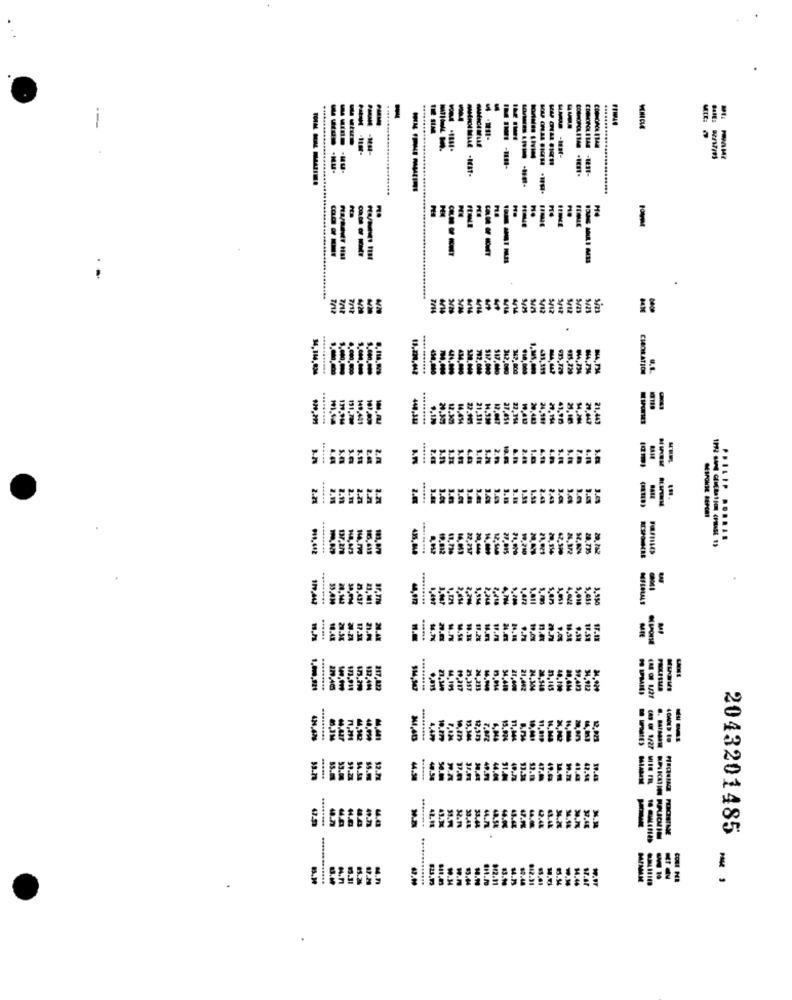
$1
12 SIM
----
-NH-
MERCI MILE
---- - Nu-
-1897-
TIME
---
----
4/14
5/23
.
434
844.734
CHROME ATION
517.000
131.7
-
1441
9,12%
12.303
22.903
21.111
12.047
27.45
22.154
W 40
20.483
21,443
14.414
24.199
29.194
....
1.
2.48
3.
2.11
2.11
3.0
1
53
144.7m
19.012
61.736
E
19.250
Fammio
RTSPORE
119,44
24.142
23.141
2.248
1.472
4.002
5.018
3.550
......
17.31
11.2%
217.822
M4.195
21,357
24,213
34,410
24.304
24,540
31.145
7.4.20
13.384
13.924
2,142
44.94
44.04
47.0
41.02
C / 1/27 MIS F
4750
49
33.48
33.44
44.77.
48.54
2043201485
5.31
012.31
MIMAM
W.N.
13.10
34.46
17.87